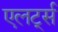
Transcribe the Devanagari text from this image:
एलर्ट्स